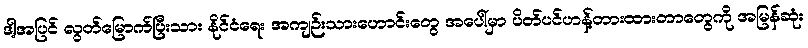
ဒါ့အပြင် လွတ်မြောက်ပြီးသား နိုင်ငံရေး အကျဉ်းသားဟောင်းတွေ အပေါ်မှာ ပိတ်ပင်ဟန့်တားထားတာတွေကို အမြန်ဆုံး